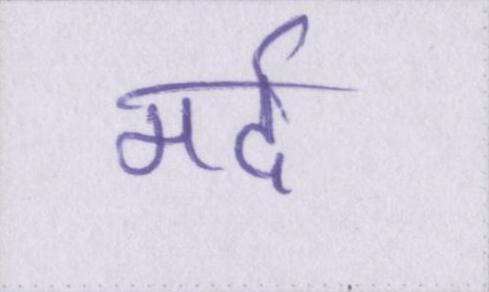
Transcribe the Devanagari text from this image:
मर्द